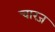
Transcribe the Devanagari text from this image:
चारज